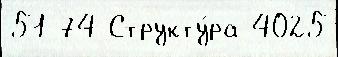
51 74 Структу́ра 4025